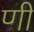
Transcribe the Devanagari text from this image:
णी